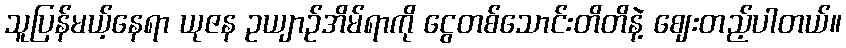
သူပြန်မယ့်နေရာ ယုဇန ဥယျာဉ်အိမ်ရာကို ငွေတစ်သောင်းတိတိနဲ့ ဈေးတည့်ပါတယ်။